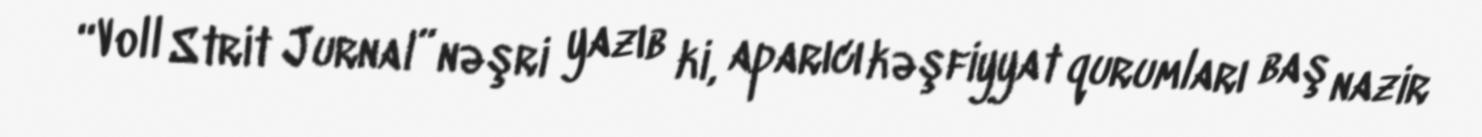
“Voll Strit Jurnal” nəşri yazıb ki, aparıcı kəşfiyyat qurumları baş nazir